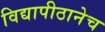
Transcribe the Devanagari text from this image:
विद्यापीठानेच